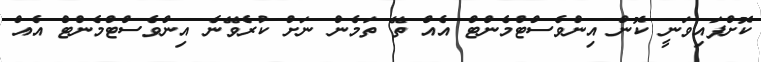
ކޮށްފައިވަނީ ކޮން އިންވެސްޓްމެންޓް އެއް ތޭ ތަމެން ނަށް ކުރެވޭނެ އިންވެސްޓްމެންޓް އެއް